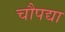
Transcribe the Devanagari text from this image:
चौपद्या